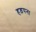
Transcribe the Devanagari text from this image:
हड़पना